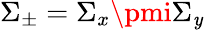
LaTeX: \Sigma_{\pm}=\Sigma_{x}\pmi\Sigma_{\mathit{y}}